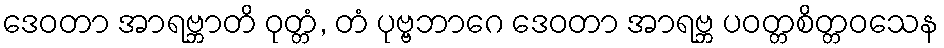
ဒေဝတာ အာရဗ္ဘာတိ ဝုတ္တံ, တံ ပုဗ္ဗဘာဂေ ဒေဝတာ အာရဗ္ဘ ပဝတ္တစိတ္တဝသေန